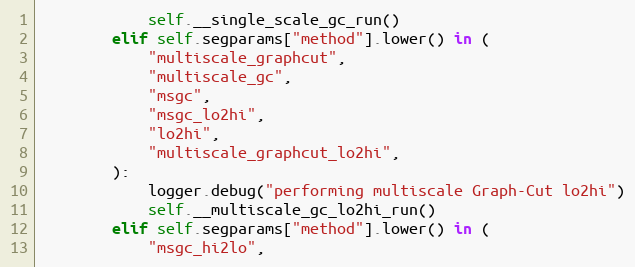
Language: Python
            self.__single_scale_gc_run()
        elif self.segparams["method"].lower() in (
            "multiscale_graphcut",
            "multiscale_gc",
            "msgc",
            "msgc_lo2hi",
            "lo2hi",
            "multiscale_graphcut_lo2hi",
        ):
            logger.debug("performing multiscale Graph-Cut lo2hi")
            self.__multiscale_gc_lo2hi_run()
        elif self.segparams["method"].lower() in (
            "msgc_hi2lo",